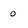
Character: 0